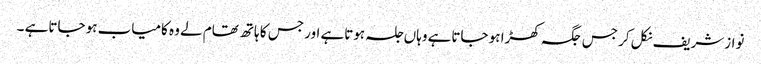
نوازشریف نکل کر جس جگہ کھڑا ہو جاتاہے وہاں جلسہ ہوتاہے اور جس کا ہاتھ تھام لے وہ کامیاب ہو جاتاہے ۔